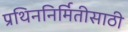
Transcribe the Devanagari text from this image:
प्रथिननिर्मितीसाठी